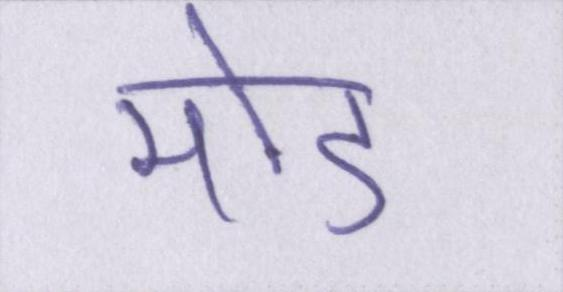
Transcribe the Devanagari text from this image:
मोड